Report of the Municipal Commissioner on the plague in Bombay for the year ending 31st May... - Volume 2
Disease focus: Plague
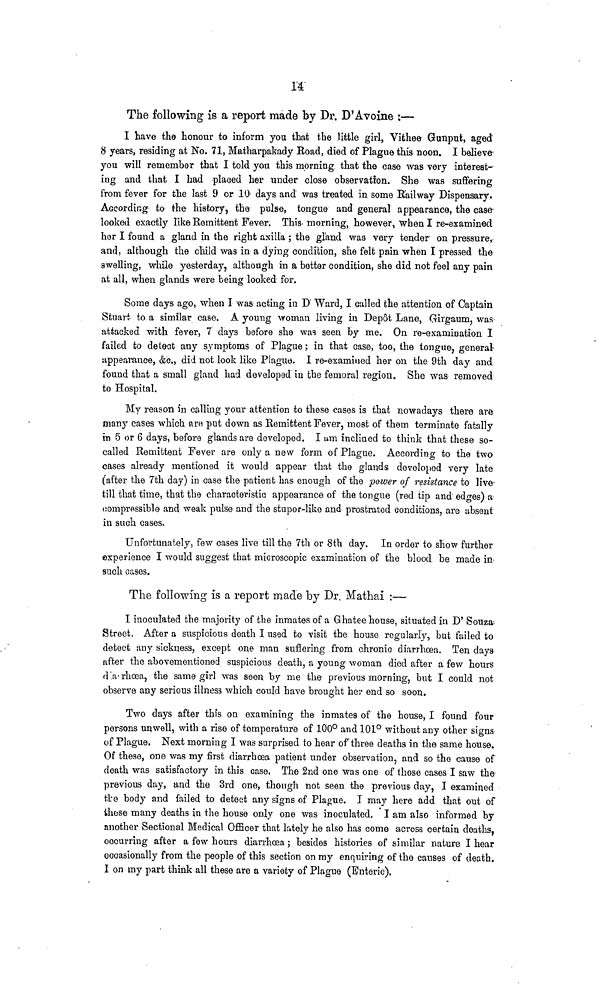
14
The following is a report made by Dr. D'Avoine :—
I have the honour to inform you that the little girl, Vithee Gunput, aged
8 years, residing at No. 71, Matharpakady Road, died of Plague this noon. I believe
you will remember that I told you this morning, that the case was very interest-
ing and that I had -placed her under close observation. She was suffering
from fever for the last 9 or 10 days and was treated in some Railway Dispensary.
According to the history, the puls., tongue and general appearance, the case
looked exactly like Remittent Fever. This* morning, however, when I re-examined
her I found a gland in the right axilla ; the gland was very tender on pressure,
and, although the child was in a dying condition, she felt pain when I pressed the
swelling, while yesterday, although in a better condition, she did not feel any pain
at all, when glands were being looked for.
Some days ago, when I was acting in D Ward, I called the attention of Captain
Stuart to a similar case. A young woman living in Depot Lane, Gh'gaum, was
attacked with fever, 7 days before she was seen by me. On re-examination I
failed to delect any symptoms of Plague; in that case, too, the tongue, general
appearance, &c., did not look like Plague. I re-examined her on the 9th day and
found that a small gland had developed in the femoral region. She was removed
to Hospital.
My reason in calling your attention to these cases is that nowadays there are
many cases which are put down as Remittent Fever, most of them terminate fatnlly
in 5 or 6 days, before glands are developed. I urn inclined to think that these so-
called Remittent Fever are only a new form of Plague. According to the two
cases already mentioned it would appear that the glands developed very late
(after the 7th day) in case the patient has enough of the power of resistance to live
till that time, that the characteristic appearance of the tongue (red tip and edges) a
compressible and weak pulse and the stupor-like and prostrated conditions, are absent
in such cases.
Unfortunately, few cases live till the 7th or 8th day. In order to show further
experience I would suggest that microscopic examination of the blood be made in
such cases.
The following is a report made by Dr. Mathal :—
I inoculated the majority of the inmates of a Ghatee house, situated in D' Souza 1
Street. After a suspicious death I used to visit the house regularly, but failed to
detect any sickness, except one man suffering from chronic diarrhoea. Ten days
after the abovementioned suspicious death, a young woman died after a few hours
d .n,' rhcea, the same girl was seen by me the previous morning, but I could not
observe any serious illness which could have brought her end so soon.
Two days after this on examining the inmates of the house, I found four
persons unwell, with a rise of temperature of 100° and 101° without any other signs
of Plague. Next morning I was surprised to hear of three deaths in the same house.
Of these, one was my first diarrhoea patient under observation, and so the cause of
death was satisfactory in this case. The 2nd one was one of those cases I saw the
previous day, and the 3rd one, though not seen the previous day, I examined
tl:e body and failed to detect any signs of Plague. I may here add that out of
ihese many deaths in the house only one was inoculated. I am also informed by
another Sectional Medical Officer that lately he also has come across certain deaths,
occurring after a few hours diarrhoea ; besides histories of similar nature I hear
occasionally from the people of this section on my enquiring of the causes of death.
I on my part think all these are a variety of Plague (Enteric).